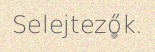
Selejtezők.